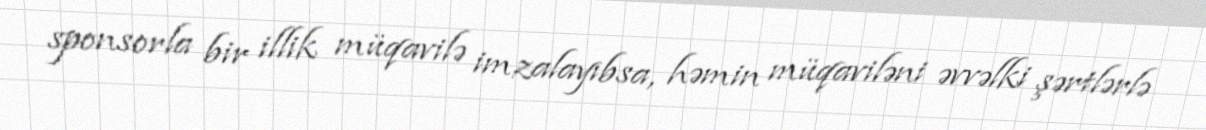
sponsorla bir illik müqavilə imzalayıbsa, həmin müqaviləni əvvəlki şərtlərlə